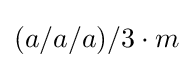
(a/a/a)/3\cdot m